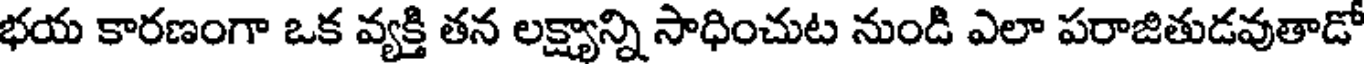
భయ కారణంగా ఒక వ్యక్తి తన లక్ష్యాన్ని సాధించుట నుండి ఎలా పరాజితుడవుతాడో